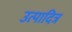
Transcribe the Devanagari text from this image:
उत्पादित्र